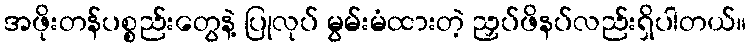
အဖိုးတန်ပစ္စည်းတွေနဲ့ ပြုလုပ် မွမ်းမံထားတဲ့ ညှပ်ဖိနပ်လည်းရှိပါတယ်။